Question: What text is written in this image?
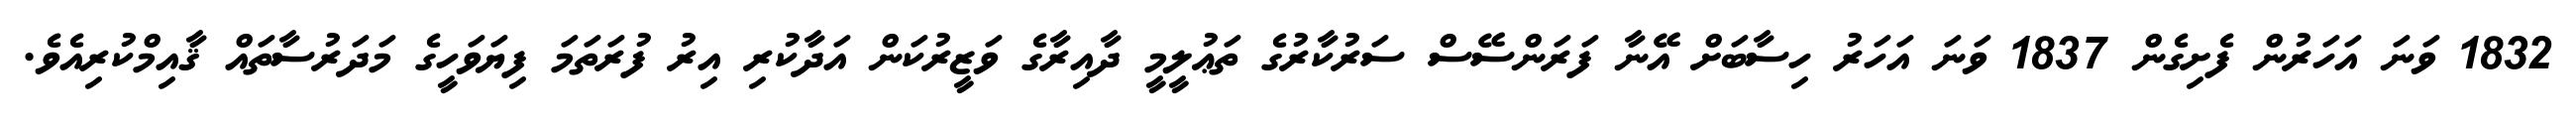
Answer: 1832 ވަނަ އަހަރުން ފެށިގެން 1837 ވަނަ އަހަރު ހިސާބަށް އޭނާ ފަރަންސޭސް ސަރުކާރުގެ ތަޢުލީމީ ދާއިރާގެ ވަޒީރުކަން އަދާކުރި އިރު ފުރަތަމަ ފިޔަވަހީގެ މަދަރުސާތައް ޤާއިމްކުރިއެވެ.